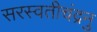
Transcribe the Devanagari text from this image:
सरस्वतीचंद्रनु